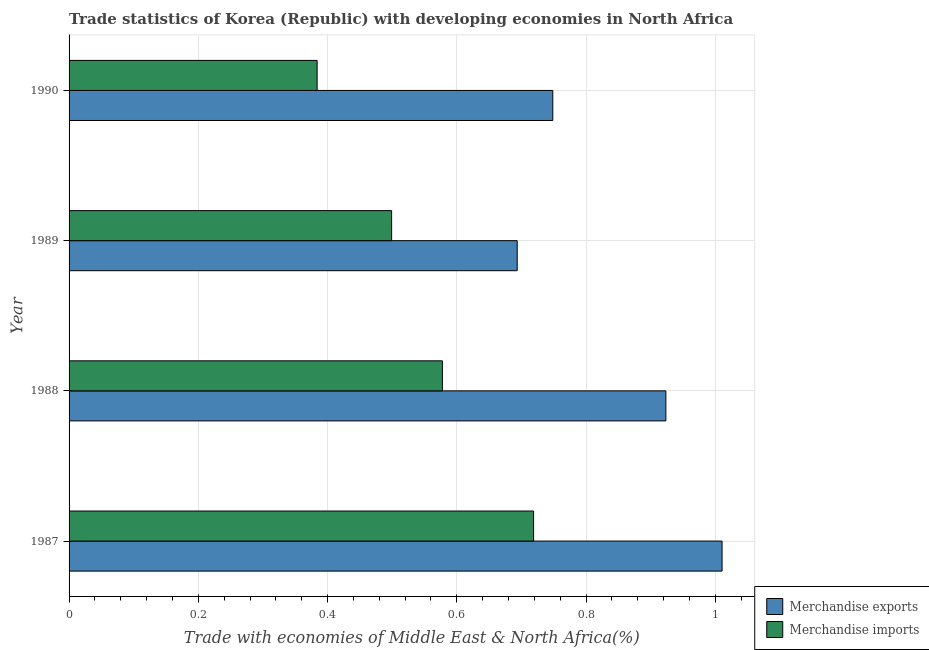
| Year | Merchandise exports | Merchandise imports |
 | --- | --- | --- |
 | 1987 | 1.01 | 0.719 |
 | 1988 | 0.923 | 0.578 |
 | 1989 | 0.693 | 0.499 |
 | 1990 | 0.749 | 0.384 |